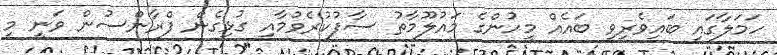
ހަމަލާގައި ބައިވެރިވި ބައެއް މީހުންގެ މައުލޫމާތު ސާފުކުރެވުމާއި ގުޅިގެން ފްރާންސުން ވަނީ މި